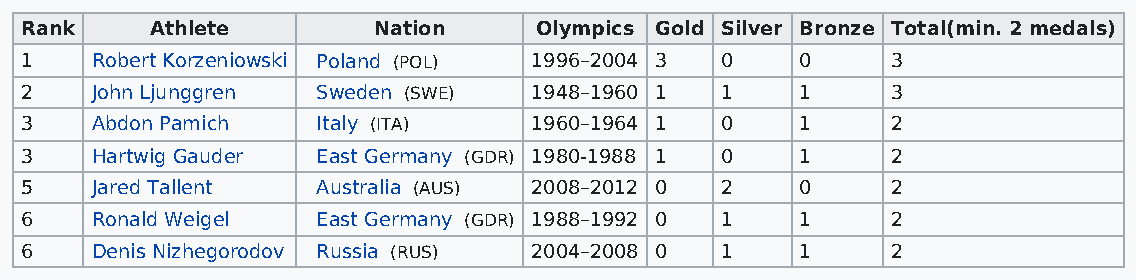
Rank     Athlete        Nation    Olympics Gold Silver Bronze Total(min. 2 medals)
 1    Robert Korzeniowski Poland (POL) 1996–2004 3 0 0     3
 2    John Ljunggren Sweden (SWE)  1948–1960 1  1    1     3
 3    Abdon Pamich   Italy (ITA)   1960–1964 1  0    1     2
 3    Hartwig Gauder East Germany (GDR) 1980-1988 1 0 1    2
 5    Jared Tallent  Australia (AUS) 2008–2012 0 2   0     2
 6    Ronald Weigel  East Germany (GDR) 1988–1992 0 1 1    2
 6    Denis Nizhegorodov Russia (RUS) 2004–2008 0 1  1     2